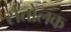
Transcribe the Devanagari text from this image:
संतोलक